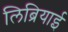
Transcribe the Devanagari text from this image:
लिब्रियाई